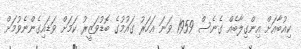
ކިއުބާއަށް އިންގިލާބެއް ގެނެސް 1959 ވަނަ އަހަރު ގައުމުގެ ބޮޑުވަޒީރު ކަމަށް ވަޑައިގެންނެވުމަށް